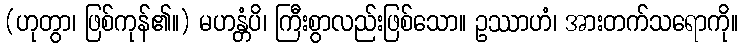
(ဟုတွာ၊ ဖြစ်ကုန်၏။) မဟန္တံပိ၊ ကြီးစွာလည်းဖြစ်သော။ ဥဿာဟံ၊ အားတက်သရောကို။